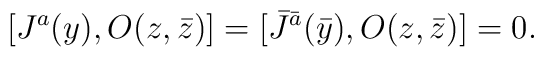
[J^a(y),O(z,\bar z)]=[\bar J^{\bar a}(\bar y),O(z,\bar z)]=0.